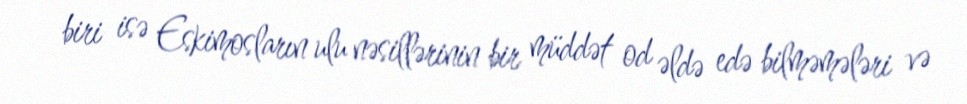
biri isə Eskimosların ulu nəsillərinin bir müddət od əldə edə bilməmələri və